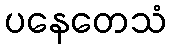
ပနေတေသံ